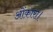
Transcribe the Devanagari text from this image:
ओंकारा।